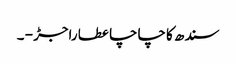
سندھ کا چاچا عطا راجڑ - ۔